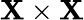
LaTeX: \mathbf{X}\times\mathbf{X}